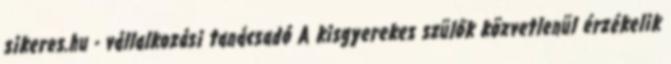
sikeres.hu - vállalkozási tanácsadó A kisgyerekes szülők közvetlenül érzékelik